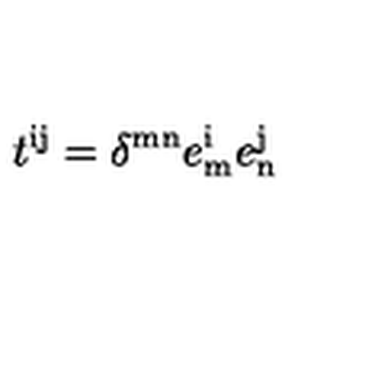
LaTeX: t ^ { \mathrm { i j } } = \delta ^ { \mathrm { m n } } e _ { \mathrm { m } } ^ { \mathrm { i } } e _ { \mathrm { n } } ^ { \mathrm { j } }